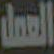
العمل